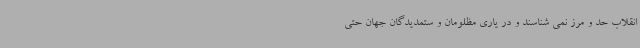
انقلاب حد و مرز نمی شناسند و در یاری مظلومان و ستمدیدگان جهان حتی